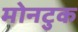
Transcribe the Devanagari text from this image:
मोनटुक